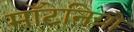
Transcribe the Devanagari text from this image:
मॉँटेनिग्रो